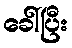
ခေါ်ပြီး